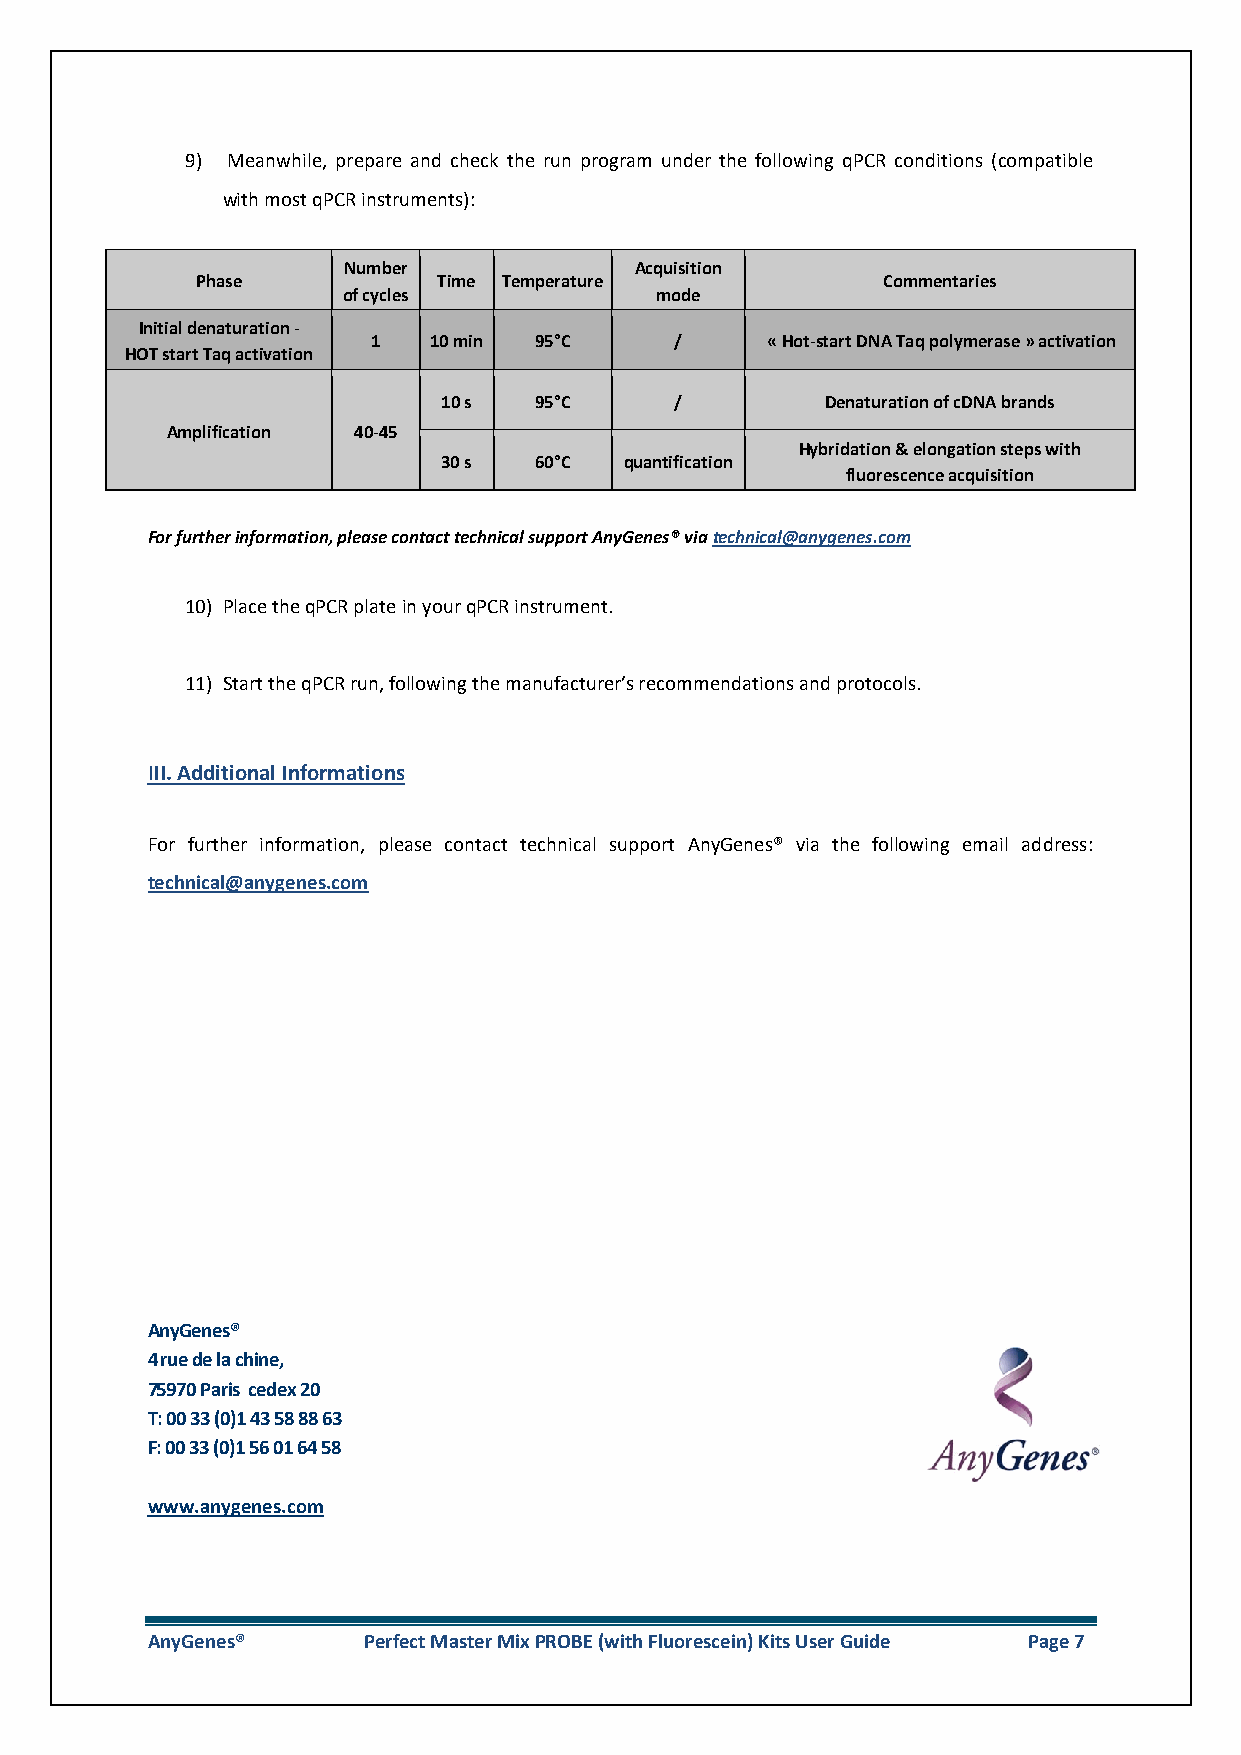
9) Meanwhile, prepare and check the run program under the following qPCR conditions (compatible
 with most qPCR instruments):
 Number             Acquisition
 Phase           Time Temperature             Commentaries
 of cycles           mode
 Initial denaturation -
 1  10 min 95°C      /     « Hot-start DNA Taq polymerase » activation
 HOT start Taq activation
 10 s  95°C      /         Denaturation of cDNA brands
 Amplification 40-45
 Hybridation & elongation steps with
 30 s  60°C  quantification
 fluorescence acquisition
 For further information, please contact technical support AnyGenes® via technical@anygenes.com
 10) Place the qPCR plate in your qPCR instrument.
 11) Start the qPCR run, following the manufacturer’s recommendations and protocols.
 III. Additional Informations
 For further information, please contact technical support AnyGenes® via the following email address:
 technical@anygenes.com
 AnyGenes®
 4 rue de la chine,
 75970 Paris cedex 20
 T: 00 33 (0)1 43 58 88 63
 F: 00 33 (0)1 56 01 64 58
 www.anygenes.com
 AnyGenes®     Perfect Master Mix PROBE (with Fluorescein) Kits User Guide Page 7